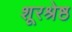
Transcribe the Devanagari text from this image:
शूरश्रेष्ठ